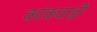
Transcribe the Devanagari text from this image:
कांकवाड़ी